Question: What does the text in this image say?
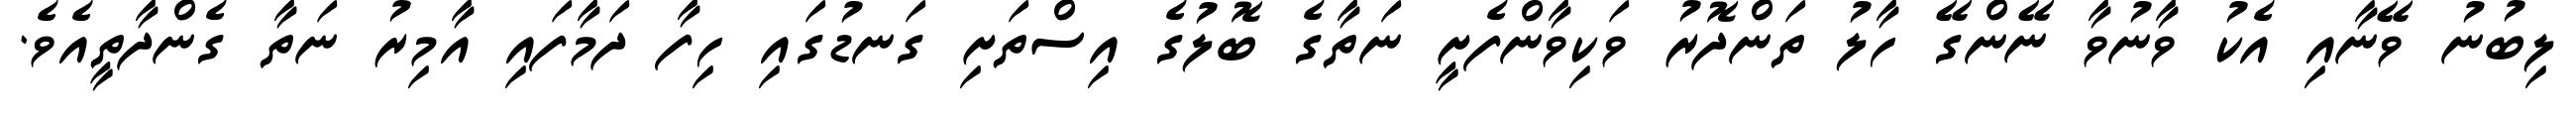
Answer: ލިބުނު ވޭނާއި އެކު ވާނުވާ ނޭންގޭ ހާލު ތަންދޮރު ވަކިވާންފެށީ ނަތާގެ ބޮލުގެ އިސްތަށި ގަނޑުގައި ހިފާ ދަމާފައި އާމިރު ނަތާ ގެންދާތީއެވެ.